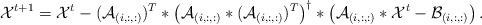
LaTeX: \begin{align*} \mathcal{X}^{t+1}=\mathcal{X}^{t}-(\mathcal{A}_{(i,:,:)})^{T}*\left(\mathcal{A}_{(i,:,:)}*(\mathcal{A}_{(i,:,:)})^{T}\right)^{\dag}*\left(\mathcal{A}_{(i,:,:)}*\mathcal{X}^{t}-\mathcal{B}_{(i,:,:)}\right).\end{align*}